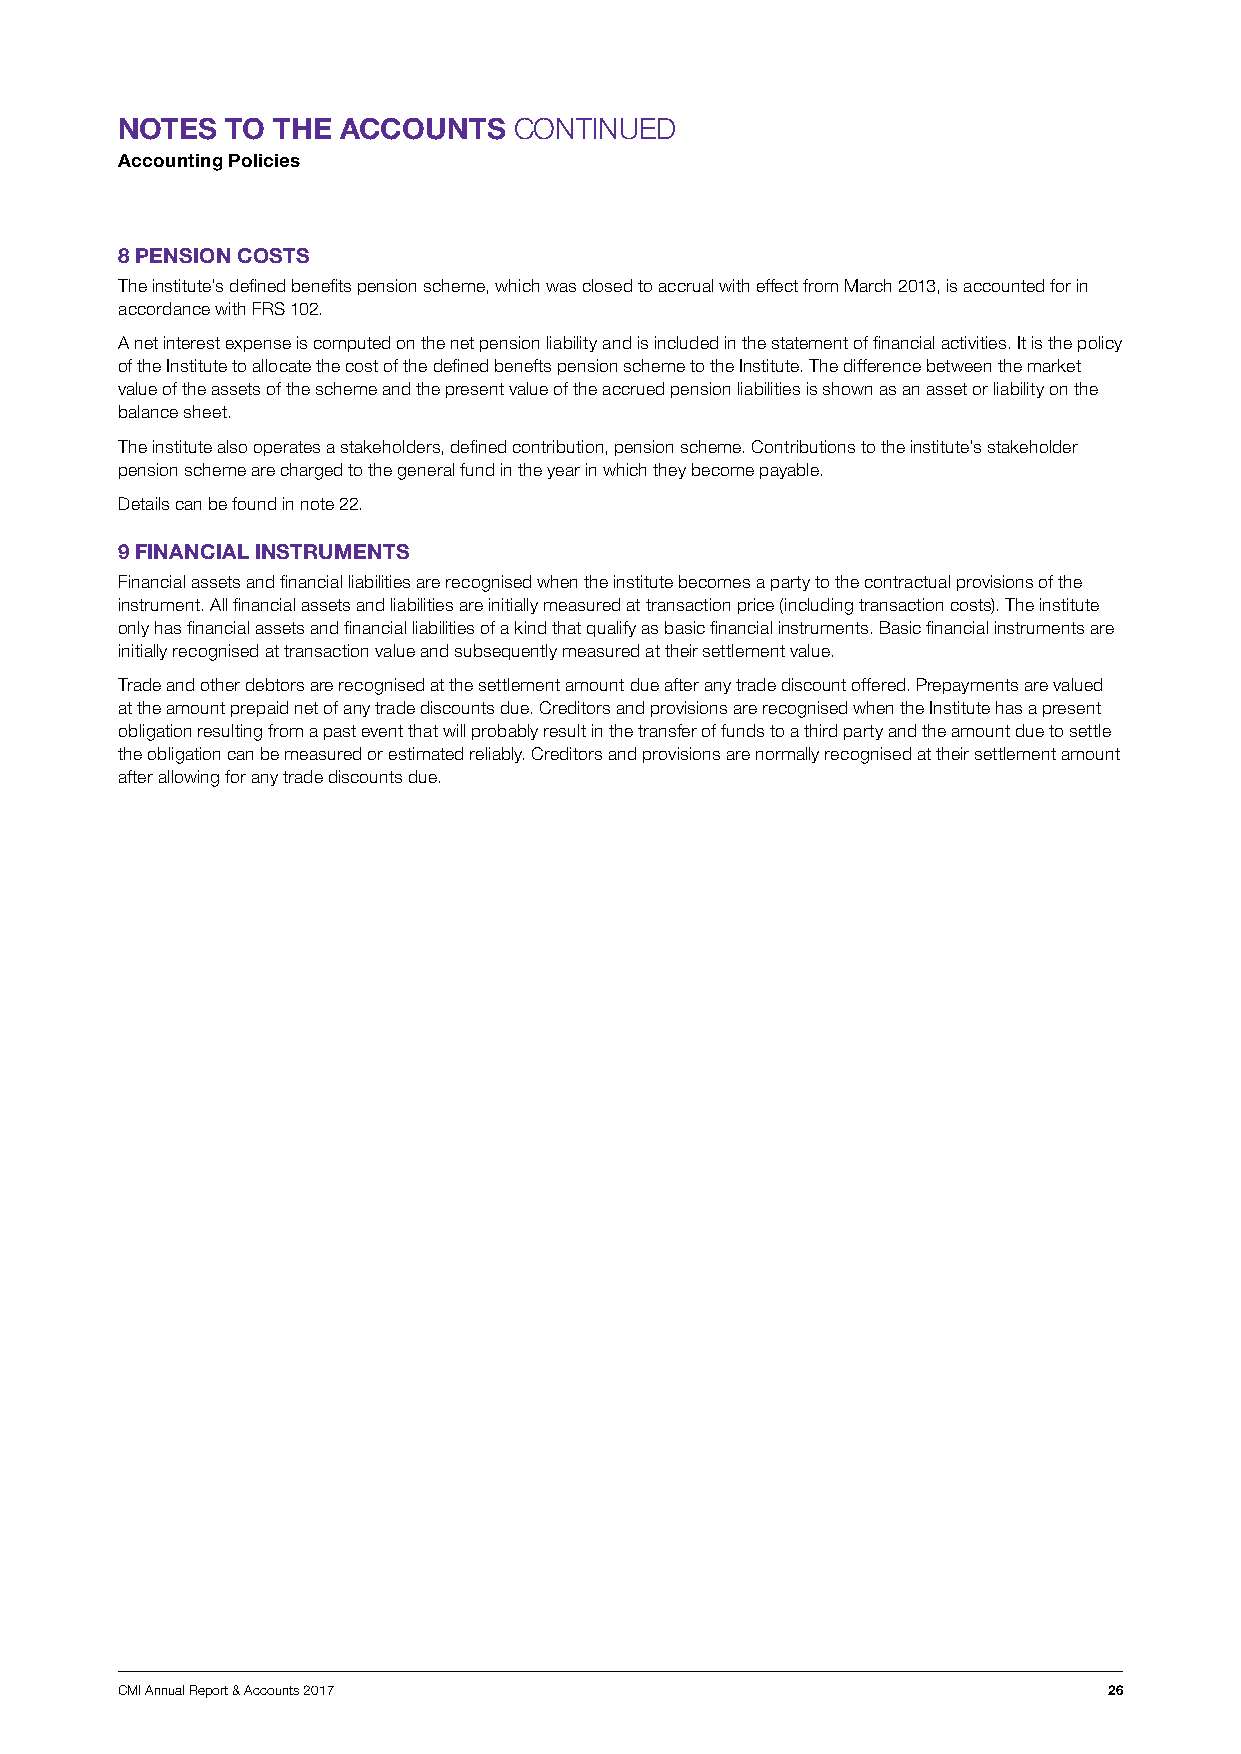
NOTES  TO THE  ACCOUNTS   CONTINUED
 Accounting Policies
 8 PENSION COSTS
 The institute’s defined benefits pension scheme, which was closed to accrual with effect from March 2013, is accounted for in
 accordance with FRS 102.
 A net interest expense is computed on the net pension liability and is included in the statement of financial activities. It is the policy
 of the Institute to allocate the cost of the defined benefts pension scheme to the Institute. The difference between the market
 value of the assets of the scheme and the present value of the accrued pension liabilities is shown as an asset or liability on the
 balance sheet.
 The institute also operates a stakeholders, defined contribution, pension scheme. Contributions to the institute’s stakeholder
 pension scheme are charged to the general fund in the year in which they become payable.
 Details can be found in note 22.
 9 FINANCIAL INSTRUMENTS
 Financial assets and financial liabilities are recognised when the institute becomes a party to the contractual provisions of the
 instrument. All financial assets and liabilities are initially measured at transaction price (including transaction costs). The institute
 only has financial assets and financial liabilities of a kind that qualify as basic financial instruments. Basic financial instruments are
 initially recognised at transaction value and subsequently measured at their settlement value.
 Trade and other debtors are recognised at the settlement amount due after any trade discount offered. Prepayments are valued
 at the amount prepaid net of any trade discounts due. Creditors and provisions are recognised when the Institute has a present
 obligation resulting from a past event that will probably result in the transfer of funds to a third party and the amount due to settle
 the obligation can be measured or estimated reliably. Creditors and provisions are normally recognised at their settlement amount
 after allowing for any trade discounts due.
 CMI Annual Report & Accounts 2017                                26